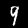
Label: 9